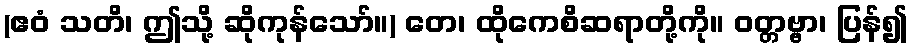
(ဧဝံ သတိ၊ ဤသို့ ဆိုကုန်သော်။) တေ၊ ထိုကေစိဆရာတို့ကို။ ဝတ္တဗ္ဗာ၊ ပြန်၍